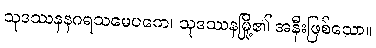
သုဒဿနနဂရသမေပကေ၊ သုဒဿနမြို့၏ အနီးဖြစ်သော။